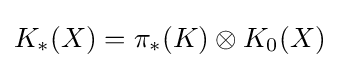
K_{*}(X)=\pi _{*}(K)\otimes K_{0}(X)